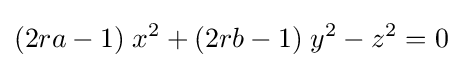
(2ra-1)\;x^{2}+(2rb-1)\;y^{2}-z^{2}=0\